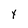
Character: Y